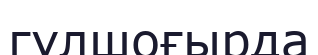
гүлшоғырда